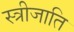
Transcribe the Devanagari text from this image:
स्त्रीजाति